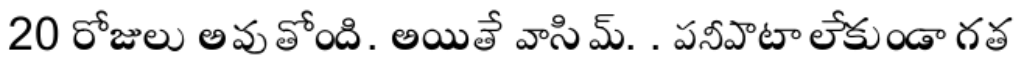
20 రోజులు అవుతోంది. అయితే వాసిమ్. . పనీపాటా లేకుండా గత